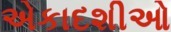
એકાદશીઓ